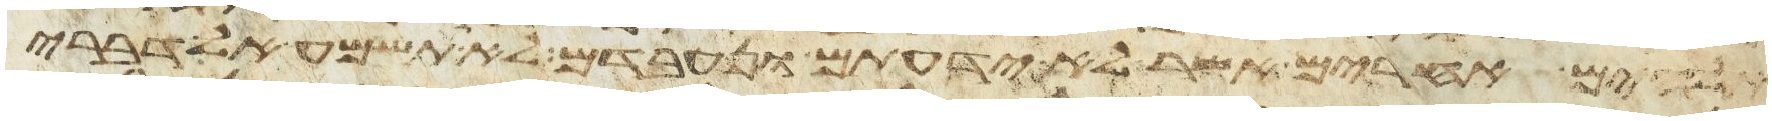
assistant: אלהים אחרים אשר לא ידעתם ונעבדם לא תשמע אל דברי